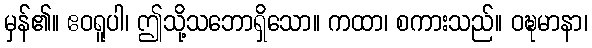
မှန်၏။ ဧဝရူပါ၊ ဤသို့သဘောရှိသော။ ကထာ၊ စကားသည်။ ဝဍ္ဎမာနာ၊